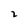
Character: 2